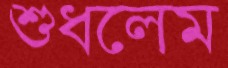
শুধলেম